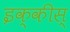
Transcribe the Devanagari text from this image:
इक्कीस्